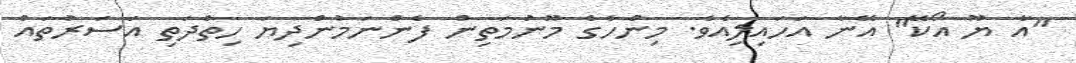
"އާ ޔޫ އޯކޭ" އޭނާ އަހައިލިއެވެ. މިންހާގެ މޫނުމަތިން ފެންނަމުންދިޔަ ހިތްދަތި އަސަރުތައް